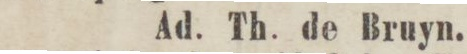
Ad. Th. de Bruyn.